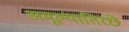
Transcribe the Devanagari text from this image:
अमूल्यातिरछे